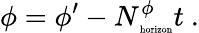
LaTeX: \phi=\phi^{\prime}-N_{\mathrm{\tiny~horizon}}^{\phi}t\ .